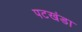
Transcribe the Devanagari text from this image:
पटखंडा